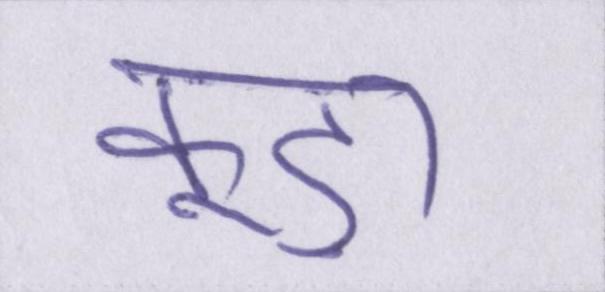
कूड़ा